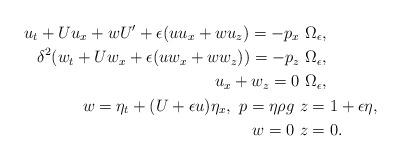
LaTeX: \begin{align*} u_{t}+Uu_{x}+wU'+\epsilon(uu_{x}+wu_z)=-p_{x} & \ \Omega_{\epsilon}, \\ \delta^{2}(w_{t}+Uw_{x}+\epsilon(uw_{x}+ww_z))=-p_z & \ \Omega_{\epsilon}, \\ u_{x}+w_z=0 & \ \Omega_{\epsilon}, \\ w=\eta_{t}+(U+\epsilon u)\eta_{x}, \ p=\eta \rho g \ & z=1+\epsilon \eta, \\ w=0 \ & z=0.\end{align*}